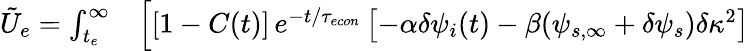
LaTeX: \begin{array}{rl}{\tilde{U}_{e}=\int_{t_{e}}^{\infty}}&{{}\Big[[1-C(t)]\, e^{-t/{\tau_{econ}}}\left[-\alpha\delta\psi_{i}(t)-\beta(\psi_{s,\infty}+\delta\psi_{s})\delta\kappa^{2}\right]}\end{array}